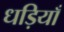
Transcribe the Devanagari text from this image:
धड़ियाँ